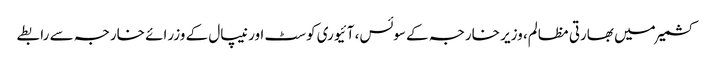
کشمیر میں بھارتی مظالم، وزیر خارجہ کے سوئس، آئیوری کوسٹ اور نیپال کے وزرائے خارجہ سے رابطے